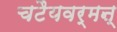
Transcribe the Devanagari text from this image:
चटैयवर्मऩ्